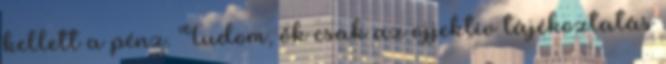
kellett a pénz. Tudom, ők csak az ojjektív tájékoztatás